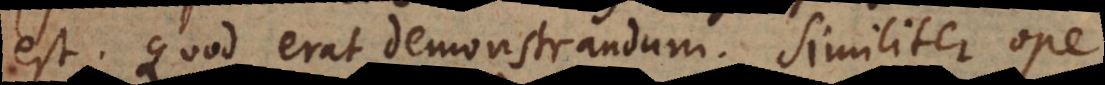
est. Quod erat demonstrandum. Similiter ope